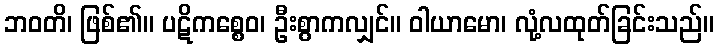
ဘဝတိ၊ ဖြစ်၏။ ပဋိကစ္စေဝ၊ ဦးစွာကလျှင်။ ဝါယာမော၊ လုံ့လထုတ်ခြင်းသည်။